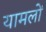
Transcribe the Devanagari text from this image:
यामलों